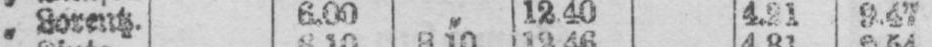
„ Lorentz. 6.00 „ 1240 4.21 9.47